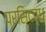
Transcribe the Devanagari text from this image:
प्रसिदद्ध